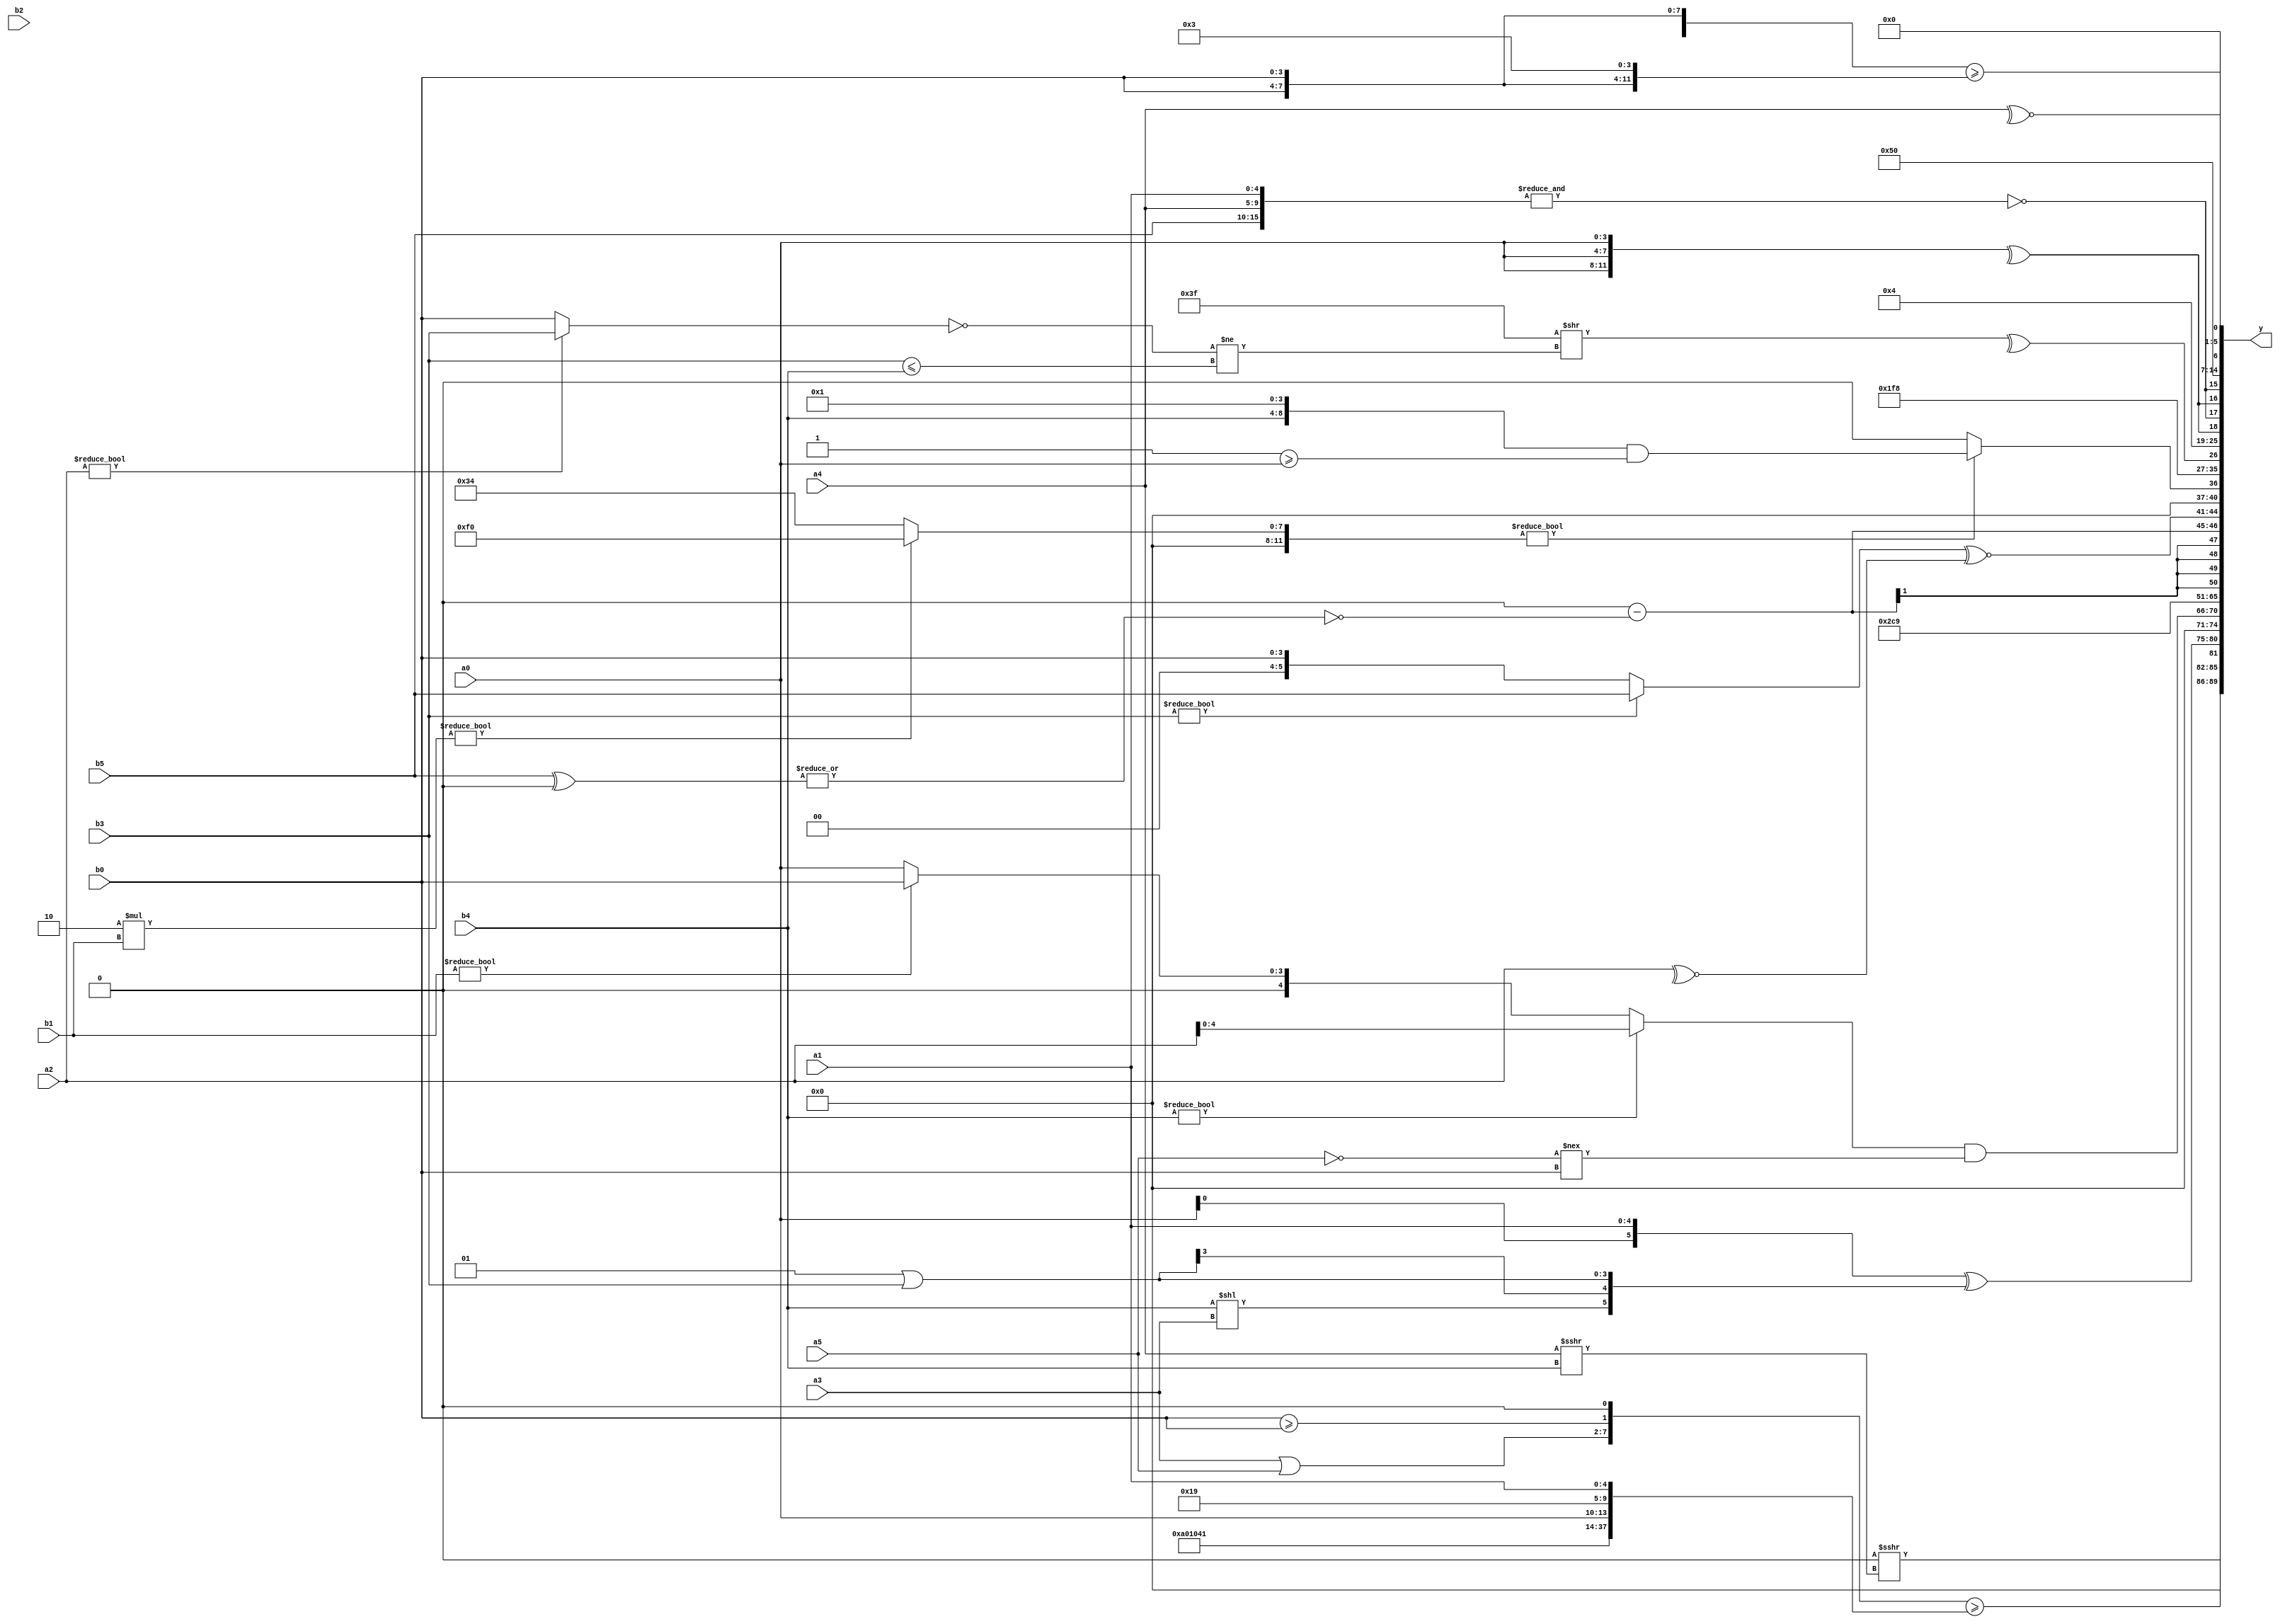
module expression_00890(a0, a1, a2, a3, a4, a5, b0, b1, b2, b3, b4, b5, y);
  input [3:0] a0;
  input [4:0] a1;
  input [5:0] a2;
  input signed [3:0] a3;
  input signed [4:0] a4;
  input signed [5:0] a5;

  input [3:0] b0;
  input [4:0] b1;
  input [5:0] b2;
  input signed [3:0] b3;
  input signed [4:0] b4;
  input signed [5:0] b5;

  wire [3:0] y0;
  wire [4:0] y1;
  wire [5:0] y2;
  wire signed [3:0] y3;
  wire signed [4:0] y4;
  wire signed [5:0] y5;
  wire [3:0] y6;
  wire [4:0] y7;
  wire [5:0] y8;
  wire signed [3:0] y9;
  wire signed [4:0] y10;
  wire signed [5:0] y11;
  wire [3:0] y12;
  wire [4:0] y13;
  wire [5:0] y14;
  wire signed [3:0] y15;
  wire signed [4:0] y16;
  wire signed [5:0] y17;

  output [89:0] y;
  assign y = {y0,y1,y2,y3,y4,y5,y6,y7,y8,y9,y10,y11,y12,y13,y14,y15,y16,y17};

  localparam [3:0] p0 = {2{(|({3{(3'd5)}}!=((-3'sd2)!=(3'd4))))}};
  localparam [4:0] p1 = {1{(|(((2'sd0)?(-2'sd1):(5'd27))?((3'sd0)?(5'd22):(3'd4)):((-3'sd1)&(5'd12))))}};
  localparam [5:0] p2 = (5'd2 * {(2'd1),(3'd3)});
  localparam signed [3:0] p3 = (-(2'sd1));
  localparam signed [4:0] p4 = ({3{{1{(3'd1)}}}}!={2{((2'd0)>=(-4'sd4))}});
  localparam signed [5:0] p5 = (|((-2'sd1)?(5'd31):(4'd3)));
  localparam [3:0] p6 = {3{(2'sd0)}};
  localparam [4:0] p7 = (&(-3'sd0));
  localparam [5:0] p8 = (-{3{{4{(4'd12)}}}});
  localparam signed [3:0] p9 = (~^(2'sd0));
  localparam signed [4:0] p10 = (!(|(!({(3'sd2),(4'sd2)}&((3'd4)?(-3'sd1):(-2'sd0))))));
  localparam signed [5:0] p11 = ((3'sd2)!=={(~((5'sd13)+(5'sd12))),(-4'sd2)});
  localparam [3:0] p12 = (-3'sd0);
  localparam [4:0] p13 = ({3{(-4'sd4)}}?((3'd5)?(4'sd7):(3'd2)):((4'd6)?(4'd4):(5'd28)));
  localparam [5:0] p14 = ((((~|(-3'sd1))^((4'd1)==(-5'sd14)))!=((-(-5'sd0))>(-(3'd2))))<=(&(((5'sd9)^(4'd3))<<(~&(~^(5'd26))))));
  localparam signed [3:0] p15 = (((5'sd7)>>(4'd3))==((-5'sd12)!=(2'd0)));
  localparam signed [4:0] p16 = (+(-{3{(~|(^(3'sd0)))}}));
  localparam signed [5:0] p17 = (((5'd24)||(-4'sd5))<<((5'd9)%(-2'sd0)));

  assign y0 = ((-3'sd0)>>>(a4>>>b4));
  assign y1 = ({(a3|a5),(b0>=b0),(p3<=p7)}>={{(4'd2 * p8)},{3{p5}},{a0,p16,a1}});
  assign y2 = ({{a2,a0,a1}}^{{4{b2}},(b4<<a3),(p4|b3)});
  assign y3 = (^(2'd0));
  assign y4 = (($unsigned(b4)?{a2}:(b1?b0:a0))&$signed({((!a5)!==$signed(b0))}));
  assign y5 = (((p5<<<p2)?(b3!==b1):$signed(p7))?((a1===a2)?(p7?p11:p9):$unsigned(p2)):(((p14&&p1)&&$signed(p10))));
  assign y6 = {1{{2{{4{p2}}}}}};
  assign y7 = (5'd9);
  assign y8 = ((~(-2'sd1))-(~|{3{(b5^p7)}}));
  assign y9 = ((b3?b5:b0)^~(~^a2));
  assign y10 = (((6'd2 * b1)?{p15,p3,p15}:$signed(p8))?{(&{({b4,p9}&&(p5>=a0))})}:({p13,p15,p1}<$signed((b4?p14:p9))));
  assign y11 = (-4'sd1);
  assign y12 = (^({3{((2'd3))}}>>(&((~(a2?b3:b0))!=(b3<=b4)))));
  assign y13 = (~&(3'd6));
  assign y14 = {2{{(^{3{a0}}),(|(~&{b5,a4,a1}))}}};
  assign y15 = (5'd5);
  assign y16 = (+({3{b0}}>={{2{b0}},(+p0)}));
  assign y17 = (~^a4);
endmodule